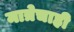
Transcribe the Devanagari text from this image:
मात्रेचाही